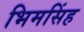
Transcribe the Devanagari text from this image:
भिमसिंह